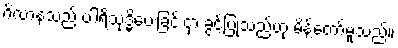
ဂိလာနသည် ပါရိသုဒ္ဓိပေးခြင်းငှာ ခွင့်ပြုသည်ဟု မိန့်တော်မူသည်။